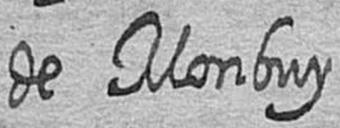
de Monbuy